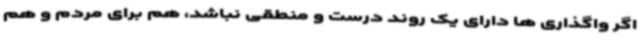
اگر واگذاری ها دارای یک روند درست و منطقی نباشد، هم برای مردم و هم